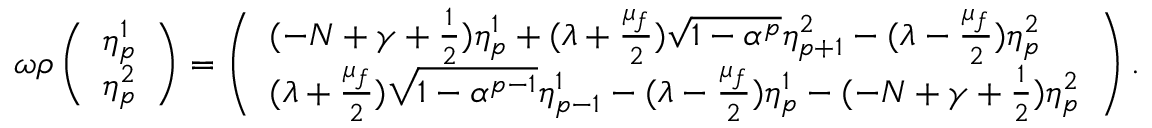
\omega \rho \left( \begin{array} { l } { { \eta _ { p } ^ { 1 } } } \\ { { \eta _ { p } ^ { 2 } } } \end{array} \right) = \left( \begin{array} { l } { { ( - N + \gamma + \frac { 1 } { 2 } ) \eta _ { p } ^ { 1 } + ( \lambda + \frac { \mu _ { f } } { 2 } ) \sqrt { 1 - \alpha ^ { p } } \eta _ { p + 1 } ^ { 2 } - ( \lambda - \frac { \mu _ { f } } { 2 } ) \eta _ { p } ^ { 2 } } } \\ { { ( \lambda + \frac { \mu _ { f } } { 2 } ) \sqrt { 1 - \alpha ^ { p - 1 } } \eta _ { p - 1 } ^ { 1 } - ( \lambda - \frac { \mu _ { f } } { 2 } ) \eta _ { p } ^ { 1 } - ( - N + \gamma + \frac { 1 } { 2 } ) \eta _ { p } ^ { 2 } } } \end{array} \right) .